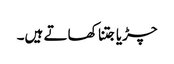
چڑیا جتنا کھاتے ہیں۔